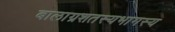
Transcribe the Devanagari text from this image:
बालाग्रशतस्यभागस्य